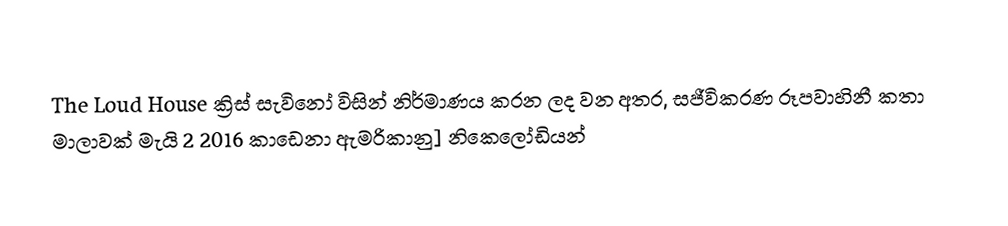
The Loud House ක්‍රිස් සැවිනෝ විසින් නිර්මාණය කරන ලද  වන අතර,   සජීවිකරණ රූපවාහිනී කතා මාලාවක් මැයි 2 2016 කාඩෙනා ඇමරිකානු] නිකෙලෝඩියන්